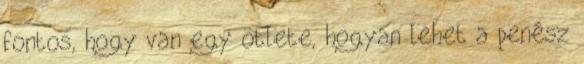
fontos, hogy van egy ötlete, hogyan lehet a penész